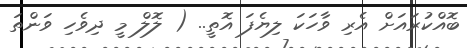
ބޮއްކުރައަށް އެރި ވާހަކަ ލިޔެފަ އޮތީ.. ( ލޮލް މީ ދިވެހި ވަންތަ